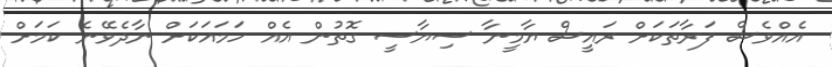
އެއްވެސް ފަރާތަކަށް ރައީސް ޔާމީނާ ސިޔާސީ ގޮތުން އެއް ހަމައަކަށް ނާދެވޭނެ ކަމަށް